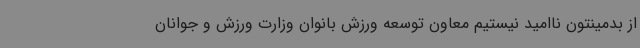
از بدمینتون ناامید نیستیم معاون توسعه ورزش بانوان وزارت ورزش و جوانان